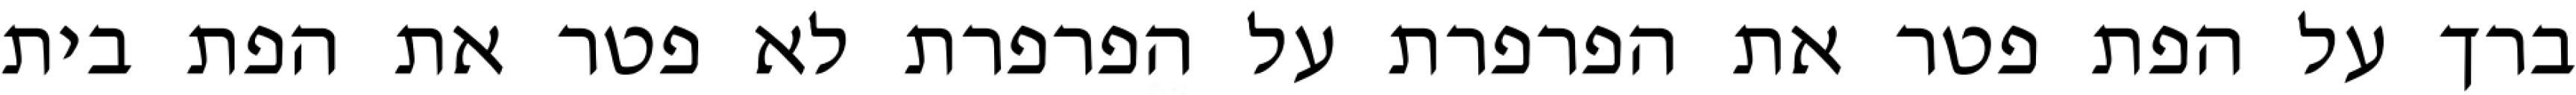
ברך על הפת פטר את הפרפרת על הפרפרת לא פטר את הפת בית